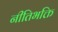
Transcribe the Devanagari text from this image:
नीतिभक्ति